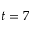
t = 7